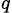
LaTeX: _q